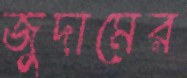
জুদামের